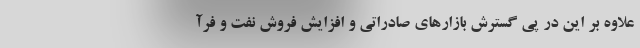
علاوه بر این در پی گسترش بازارهای صادراتی و افزایش فروش نفت و فرآ